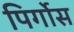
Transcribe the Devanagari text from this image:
पिर्गोस